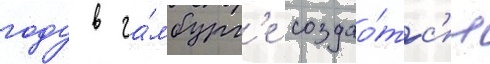
году в га́мбург'е создао́тс'я